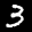
Label: 3